Leaving Certificate Examination, 1915
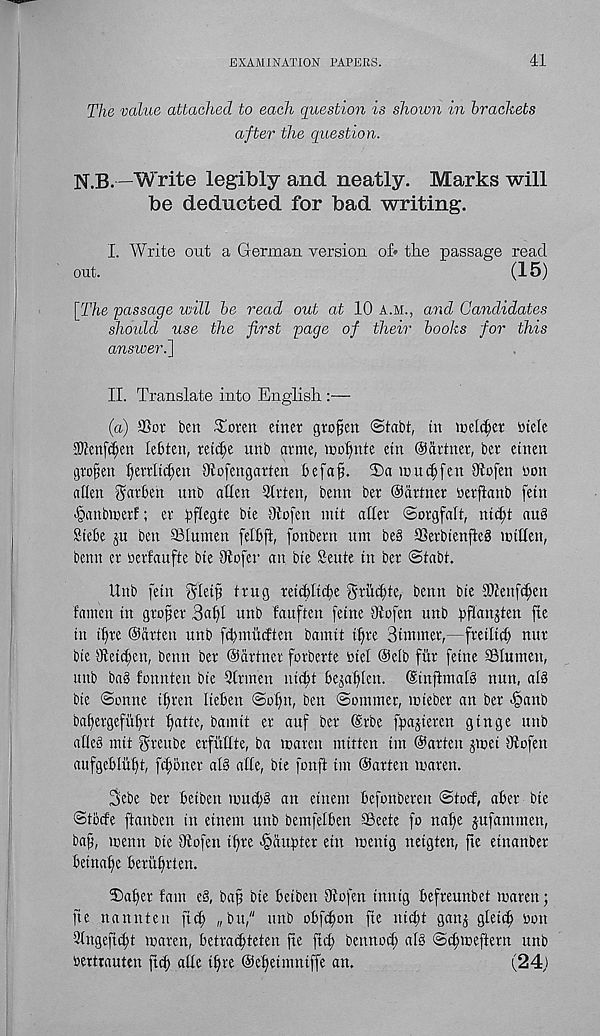
EXAMINATION PAPERS.
41
The value attached to each question is shown in brackets
after the question.
N.B. —Write legibly and neatly. Marks will
be deducted for bad writing.
I. Write out a German version of* the passage read
out.
(15)
[The 'passage will be read out at 10 a.m., and Candidates
should use the first page of their books for this
ansiveri]
II. Translate into English :—
(a) ©or ben Tomt etnet grofjen ©tabt, in meldjet btele
Sftenfdjen lebten, tet$e unt> arme, icofptte etn ©aetner, bet etnen
gro^en Ijerritc^en Otofengatten be fat).
mudjfen ©ofen bon
alien S^ben unb alien 9Ieten, benn bee ©toner berftanb fetn
^anbmerf; er tiflegte bte Otofen nut aller ©orgfaft, nti|t aub
Stebe ju ben ©lumen felbft, fonbern um be§ ffierbtenjleg mitten,
benn er berfaufte bte ©ofer an bte Sente in ber <Stabt.
Unb fein ^lett ttug reicbltcbe griicbte, benn bie SOienft^en
fanten in grower 3abl unb fauften fetne ©ofen unb
f^e
in ibre ©arten unb febmueften bamit tbre Simmer,—freiltcb nur
bie Oieicben, benn ber ©toner forberte btel ©elb fitr fettte ©lumen,
unb bag fonnten bie Slrmett niibt bejabten. ©tnfimalg nun, alg
bie Sonne ibrett Iteben Sobn, ben Sommer, mieber an ber >§anb
babergefubrt btoe, bamit er auf ber ©rbe fpajiercn ginge unb
afle§ mit Sreube erfitttte, ba maren mitten tin ©arten jmei Oiofen
aufgeblubt, febotier alg atte, bte fonft tin ©arten maren.
3ebe ber betbett muebb an etnem befonberen Stocf, aber bte
Stbcfe ftanben in etnem unb bemfelben ©eete fo nabe jufammen,
baf, menu bte Oiofen ibre >§aui)ter etn menig neigten, fie einanber
beinabc berubrten.
©aber fam eb, baft bie betben Oiofen tnntg befreunbet maren;
fte nannten ft(b „bu," unb obfibon fie niebt ganj gleiib bon
Slngeficbt maren, betra<bteten fte jttb bennocb alg Scbmeftern unb
bertrauten ftcb attc ibre ©ebetmniffe an.
(24)